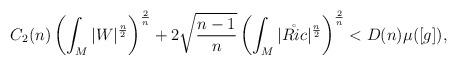
LaTeX: \begin{align*}C_2(n)\left(\int_M|W|^{\frac n2}\right)^{\frac 2n}+2\sqrt{\frac{n-1}{n}}\left(\int_M|\mathring{Ric}|^{\frac n2}\right)^{\frac 2n}<D(n)\mu([g]),\end{align*}